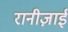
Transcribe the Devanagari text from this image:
रानीज़ाई